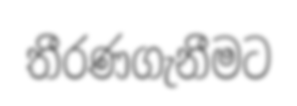
තීරණගැනීමට